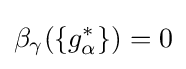
\beta _{\gamma }(\{g_{\alpha }^{*}\})=0